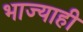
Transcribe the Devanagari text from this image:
भाज्याही